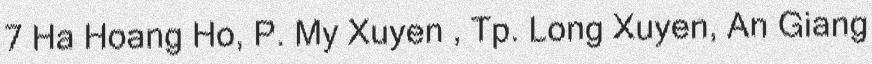
7 Ha Hoang Ho, P. My Xuyen , Tp. Long Xuyen, An Giang